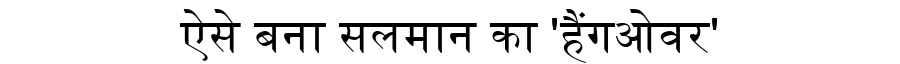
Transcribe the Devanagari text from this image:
ऐसे बना सलमान का 'हैंगओवर'